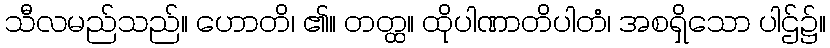
သီလမည်သည်။ ဟောတိ၊ ၏။ တတ္ထ။ ထိုပါဏာတိပါတံ၊ အစရှိသော ပါဌ်၌။